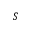
S